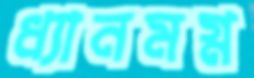
ধ্যানমগ্ন